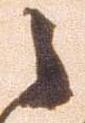
之